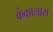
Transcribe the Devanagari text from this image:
कंकालास